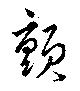
顫